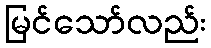
မြင်သော်လည်း